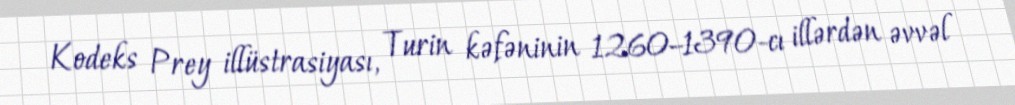
Kodeks Prey illüstrasiyası, Turin kəfəninin 1260–1390-cı illərdən əvvəl